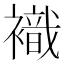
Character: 𧝊